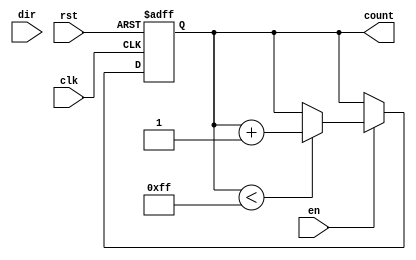
module parameterized_counter #(
    parameter WIDTH = 8,            // Width of the counter
    parameter COUNT_MODE = "UP"     // Counting mode: "UP", "DOWN", or "UPDOWN"
)(
    input wire clk,                 // Clock signal
    input wire rst,                 // Asynchronous reset
    input wire en,                  // Enable signal
    input wire dir,                 // Direction signal (for UPDOWN mode)
    output reg [WIDTH-1:0] count    // Current count value
);

    // Internal parameters for maximum and minimum values
    localparam MAX_COUNT = (1 << WIDTH) - 1; // Maximum value for the counter
    localparam MIN_COUNT = 0;                 // Minimum value for the counter

    // Always block for synchronous behavior
    always @(posedge clk or posedge rst) begin
        if (rst) begin
            count <= MIN_COUNT;                // Reset counter to zero
        end else if (en) begin
            case (COUNT_MODE)
                "UP": begin
                    if (count < MAX_COUNT) begin
                        count <= count + 1;     // Increment count
                    end
                end
                "DOWN": begin
                    if (count > MIN_COUNT) begin
                        count <= count - 1;     // Decrement count
                    end
                end
                "UPDOWN": begin
                    if (dir) begin
                        if (count < MAX_COUNT) begin
                            count <= count + 1; // Increment count
                        end
                    end else begin
                        if (count > MIN_COUNT) begin
                            count <= count - 1; // Decrement count
                        end
                    end
                end
                default: begin
                    // Do nothing or handle error
                end
            endcase
        end
    end

endmodule